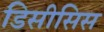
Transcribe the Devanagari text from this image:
डिसीसिस